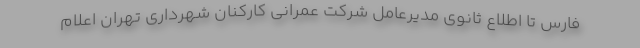
فارس تا اطلاع ثانوی مدیرعامل شرکت عمرانی کارکنان شهرداری تهران اعلام